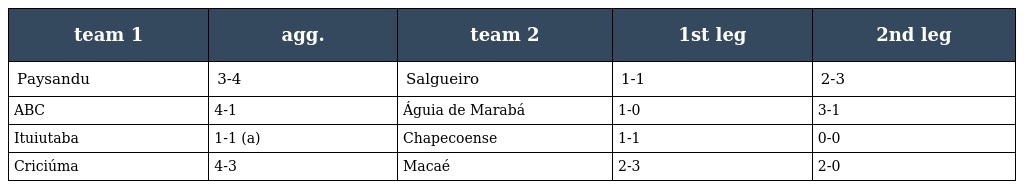
| team 1 | agg. | team 2 | 1st leg | 2nd leg |
 | --- | --- | --- | --- | --- |
 | Paysandu | 3-4 | Salgueiro | 1-1 | 2-3 |
 | ABC | 4-1 | Águia de Marabá | 1-0 | 3-1 |
 | Ituiutaba | 1-1 (a) | Chapecoense | 1-1 | 0-0 |
 | Criciúma | 4-3 | Macaé | 2-3 | 2-0 |